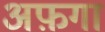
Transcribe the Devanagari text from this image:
अफ़गा